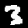
Label: 3